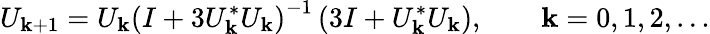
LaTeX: U_{\mathbf{k}+1}=U_{\mathbf{k}}\left(I+3U_{\mathbf{k}}^{*}U_{\mathbf{k}}\right)^{-1}\left(3I+U_{\mathbf{k}}^{*}U_{\mathbf{k}}\right),\qquad\mathbf{k}=0,1,2,\ldots